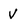
Character: V